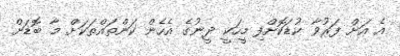
އެ އަށް ފަރުވާ ކުޑަކޮށްފި މީހަކީ ދީނުގެ އެހެން ކަންތައްތަކަށް މާ ބޮޑަށް